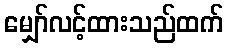
မျှော်လင့်ထားသည်ထက်